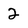
Character: 2